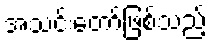
အသင်းတော်ဖြစ်သည့်